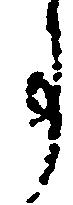
事